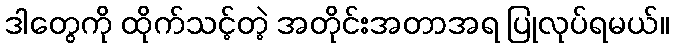
ဒါတွေကို ထိုက်သင့်တဲ့ အတိုင်းအတာအရ ပြုလုပ်ရမယ်။